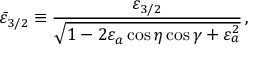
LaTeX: \bar { \varepsilon } _ { 3 / 2 } \equiv \frac { \varepsilon _ { 3 / 2 } } { \sqrt { 1 - 2 \varepsilon _ { a } \cos \eta \cos \gamma + \varepsilon _ { a } ^ { 2 } } } \, ,